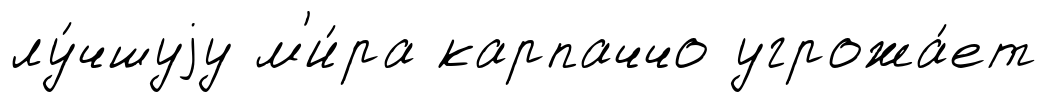
лу́чшуjу м'и́ра карпаччо угрожа́ет